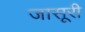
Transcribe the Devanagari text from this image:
जासूरी